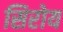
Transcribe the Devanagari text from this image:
सिरोय